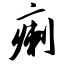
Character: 瘌